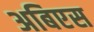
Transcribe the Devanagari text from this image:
अबिएस